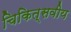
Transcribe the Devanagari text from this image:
चिकित्सवीय